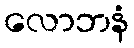
လောဘနံ